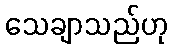
သေချာသည်ဟု